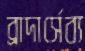
ব্রাদার্সেব্য